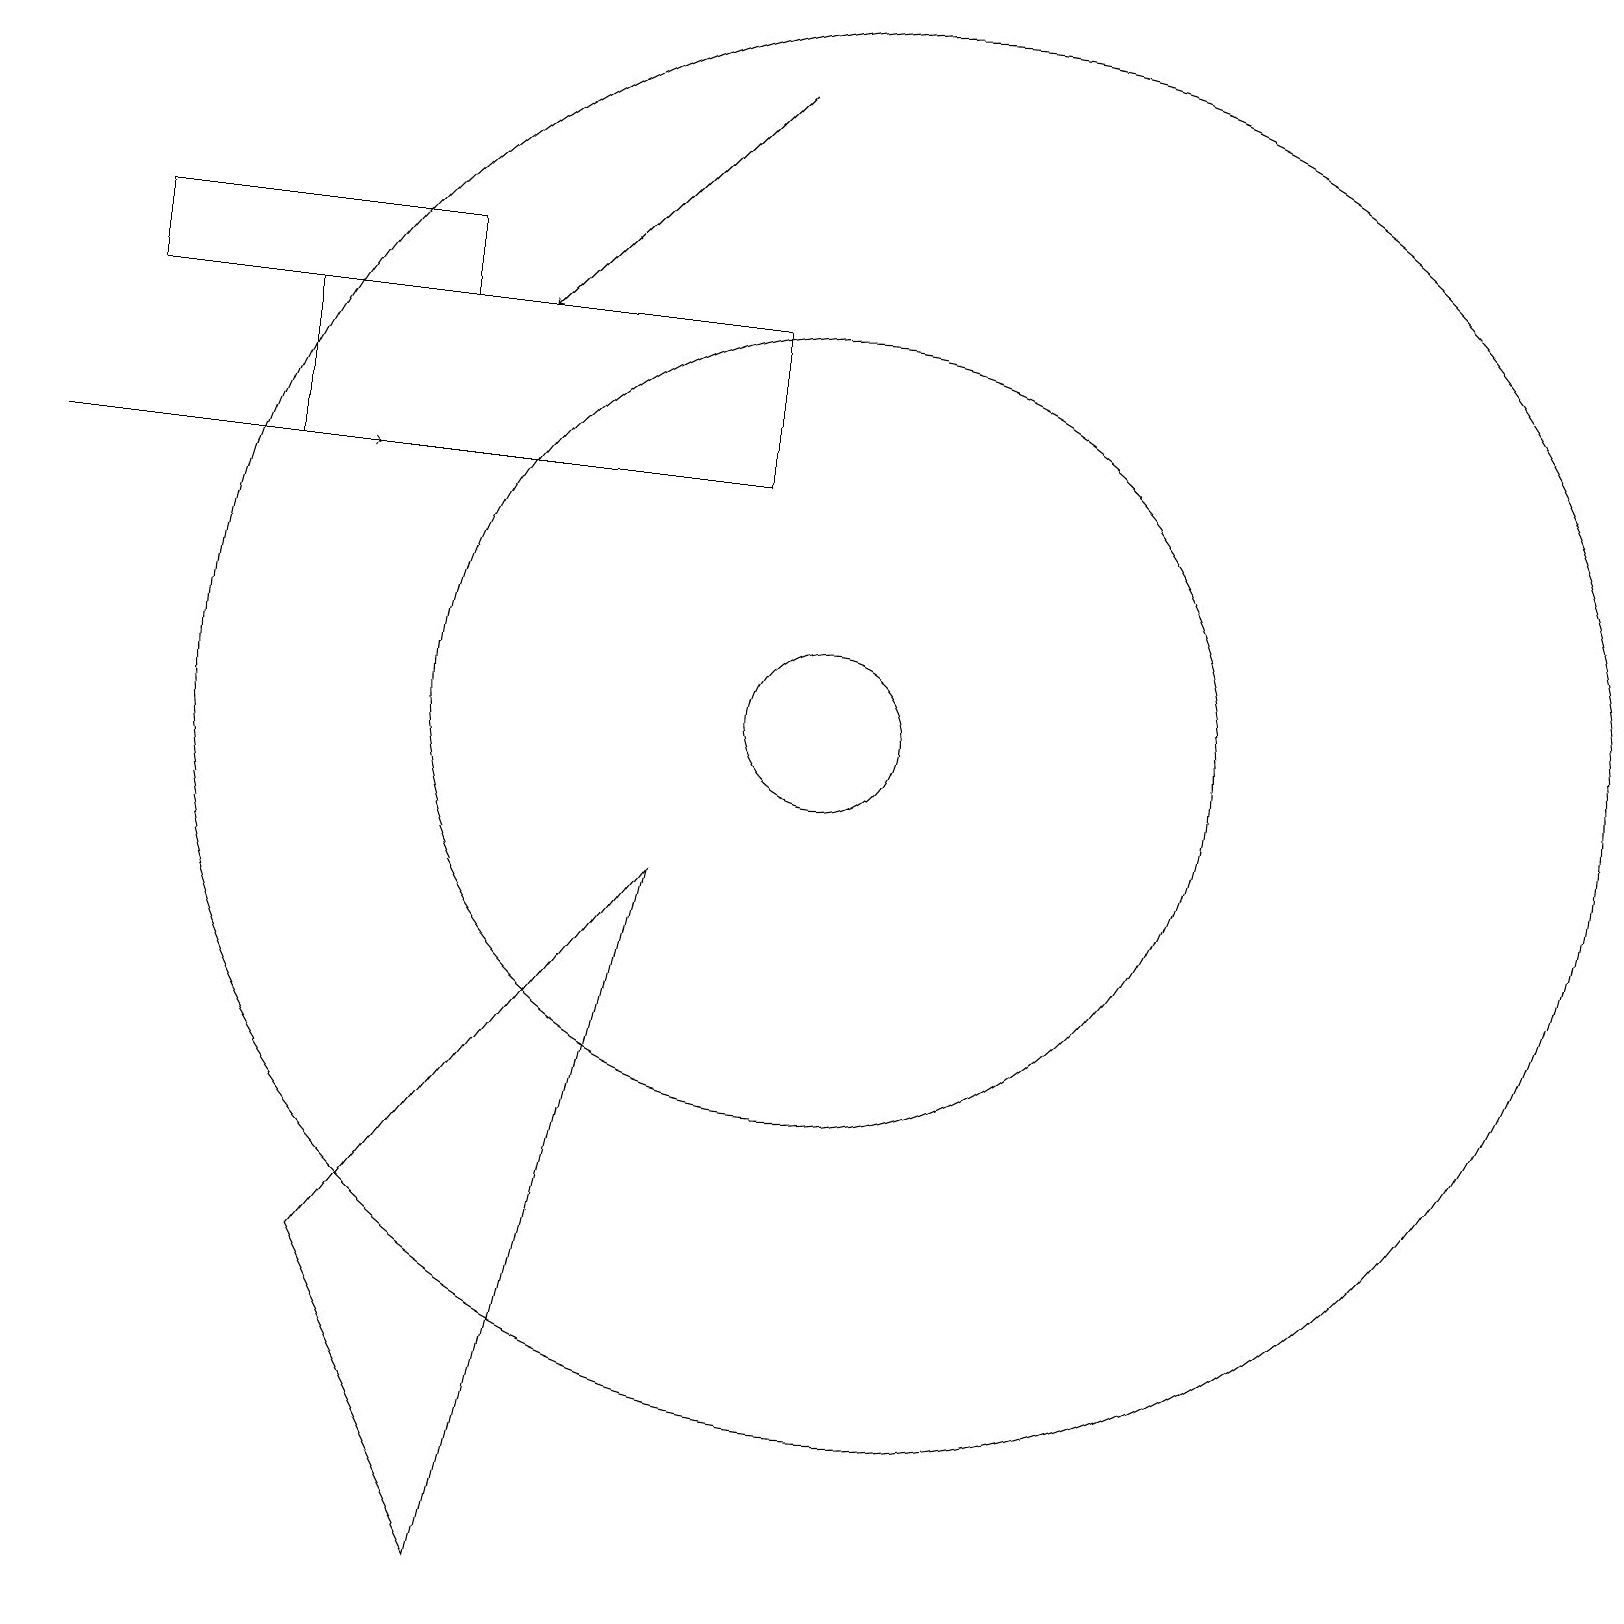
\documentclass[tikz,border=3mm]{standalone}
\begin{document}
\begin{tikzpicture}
\draw[->] (9,19) -- (6,16);
\draw (10,11) circle (5);
\draw (10,11) circle (1);
\draw (8,9) -- (4,4) -- (6,0) -- cycle;
\draw (11,11) circle (9);
\draw (1,16) rectangle (5,17);
\draw[->] (0,14) -- (4,14);
\draw (3,14) rectangle (9,16);
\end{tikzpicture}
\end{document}